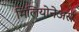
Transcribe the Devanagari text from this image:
मिलियोनेअर्स